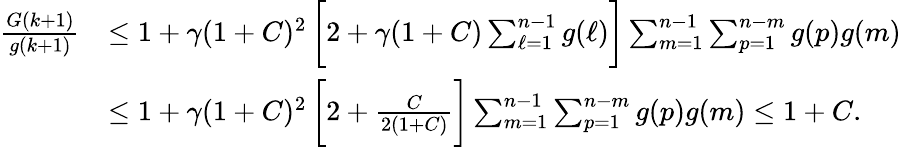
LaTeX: \begin{array}{rl}{\frac{G(k+1)}{g(k+1)}}&{\le 1+\gamma(1+C)^{2}\, \bigg[2+\gamma(1+C)\sum_{\ell=1}^{n-1}g(\ell)\bigg]\sum_{m=1}^{n-1}\sum_{p=1}^{n-m}g(p)g(m)}\\ &{\le 1+\gamma(1+C)^{2}\, \bigg[2+\frac{C}{2(1+C)}\bigg]\sum_{m=1}^{n-1}\sum_{p=1}^{n-m}g(p)g(m)\le 1+C.}\end{array}